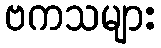
ဗကသများ